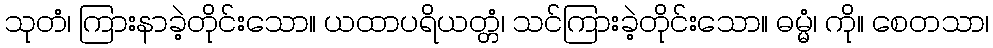
သုတံ၊ ကြားနာခဲ့တိုင်းသော။ ယထာပရိယတ္တံ၊ သင်ကြားခဲ့တိုင်းသော။ ဓမ္မံ၊ ကို။ စေတသာ၊